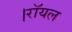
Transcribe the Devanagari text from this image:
।रॉयल